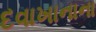
દવાખાનાના